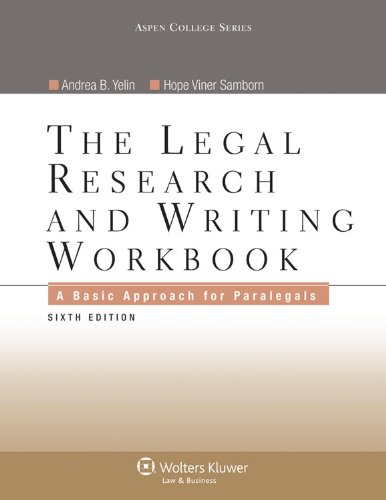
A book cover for Legal Research and Writing Workbook: A Basic Approach for Paralegals, Sixth Edition; Andrea B. Yelin; Law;